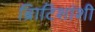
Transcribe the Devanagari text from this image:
ब्रिाटिशांशी